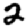
Digit: 2